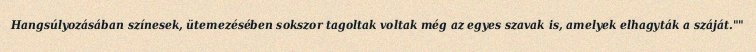
Hangsúlyozásában színesek, ütemezésében sokszor tagoltak voltak még az egyes szavak is, amelyek elhagyták a száját.""